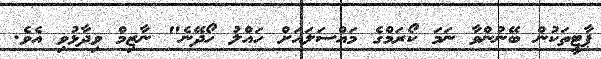
ޕާޓީތަކުން ބޭނުންވާ ނަމަ ކޯރަމްގެ މައްސަލައަށް ހައްލު ހޯދޭނެ" ނާޒިމް ވިދާޅުވި އެވެ.